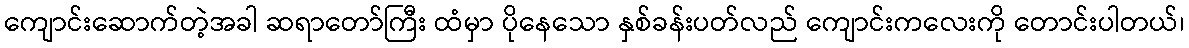
ကျောင်းဆောက်တဲ့အခါ ဆရာတော်ကြီး ထံမှာ ပိုနေသော နှစ်ခန်းပတ်လည် ကျောင်းကလေးကို တောင်းပါတယ်၊